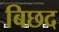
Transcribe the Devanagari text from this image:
बिछद